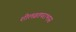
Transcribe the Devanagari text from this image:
शीलव्रतपराभास